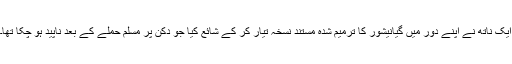
ایک ناتھ نے اپنے دور میں گیانیشور کا ترمیم شدہ مستند نسخہ تیار کر کے شائع کیا جو دکن پر مسلم حملے کے بعد ناپید ہو چکا تھا۔